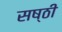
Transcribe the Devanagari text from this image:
सष्ठी